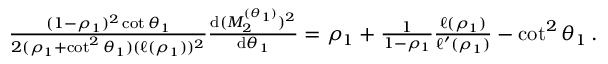
\begin{array} { r } { \frac { ( 1 - \rho _ { 1 } ) ^ { 2 } \cot { \theta _ { 1 } } } { 2 ( \rho _ { 1 } + \cot ^ { 2 } { \theta _ { 1 } } ) ( \ell ( \rho _ { 1 } ) ) ^ { 2 } } \frac { \mathrm { d } ( M _ { 2 } ^ { ( \theta _ { 1 } ) } ) ^ { 2 } } { \mathrm { d } \theta _ { 1 } } = \rho _ { 1 } + \frac { 1 } { 1 - \rho _ { 1 } } \frac { \ell ( \rho _ { 1 } ) } { \ell ^ { \prime } ( \rho _ { 1 } ) } - \cot ^ { 2 } { \theta _ { 1 } } \, . } \end{array}